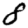
Digit: 8